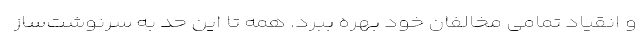
و انقیاد تمامی مخالفان خود بهره ببرد. همه تا این حد به سرنوشت‌ساز